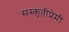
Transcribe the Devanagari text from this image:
संस्कृतीप्रेमी